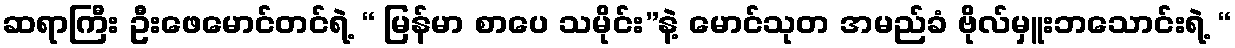
ဆရာကြီး ဦးဖေမောင်တင်ရဲ့ “ မြန်မာ စာပေ သမိုင်း”နဲ့ မောင်သုတ အမည်ခံ ဗိုလ်မှူးဘသောင်းရဲ့ “